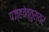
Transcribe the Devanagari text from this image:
पज्हवेत्तुरायर